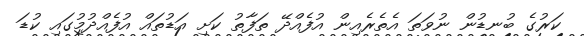
ކަރުގެ ބުނޑުން ނުވަތަ އެތެރެއިން އުފެއްދޭ ތަފާތު ކަށި އަޑުތައް އުފެއްދުމުގައި ކުޑަ